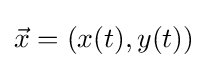
{\vec {x}}=(x(t),y(t))